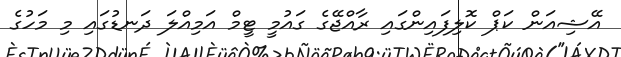
އޭޝިއަން ކަޕް ކޮލިފައިންގައި ރާއްޖޭގެ ގައުމީ ޓީމް އަމިއްލަ ދަނޑުގައި މި މަހުގެ